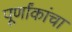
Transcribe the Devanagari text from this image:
पूर्णांकांचा